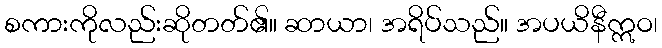
စကားကိုလည်းဆိုတတ်၏။ ဆာယာ၊ အရိပ်သည်။ အပယိနီဣဝ၊